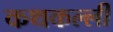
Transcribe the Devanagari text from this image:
कथकल्ली